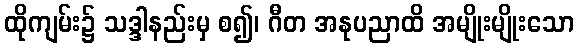
ထိုကျမ်း၌ သဒ္ဒါနည်းမှ စ၍၊ ဂီတ အနုပညာထိ အမျိုးမျိုးသော